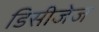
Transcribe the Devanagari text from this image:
डिसीजेज